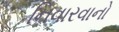
નિવારવાનો